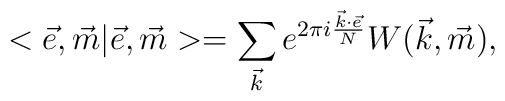
<\vec{e},\vec{m} | \vec{e},\vec{m}> = \sum_{\vec{k}} e^{2 \pi i\frac {\vec{k} \cdot \vec{e}}{N}} W(\vec{k},\vec{m}),